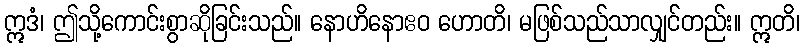
ဣဒံ၊ ဤသို့ကောင်းစွာဆိုခြင်းသည်။ နောဟိနောဧဝ ဟောတိ၊ မဖြစ်သည်သာလျှင်တည်း။ ဣတိ၊